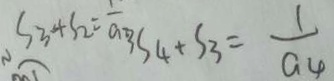
S _ { 3 } + S _ { 2 } = \frac { 1 } { a _ { 2 } } 3 S _ { 4 } + S _ { 3 } = \frac { 1 } { a _ { 4 } }